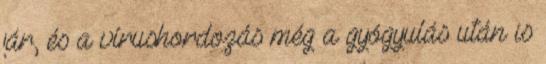
jár, és a vírushordozás még a gyógyulás után is